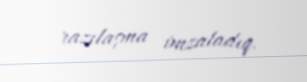
razılaşma imzaladıq.